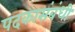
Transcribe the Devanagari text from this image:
पदकासंबंधी